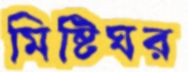
মিষ্টিঘর